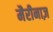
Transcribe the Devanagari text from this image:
मैरीनाज़